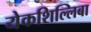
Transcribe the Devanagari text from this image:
येकशिल्लिबा